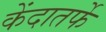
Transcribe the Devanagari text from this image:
केंदातर्फे